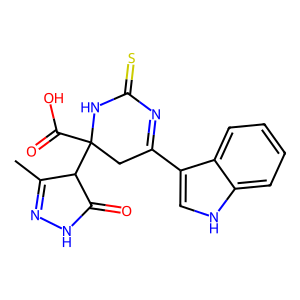
SMILES: CC1=NNC(=O)C1C1(C(=O)O)CC(c2c[nH]c3ccccc23)=NC(=S)N1
Inhibits HIV replication: No